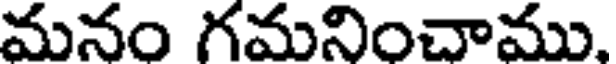
మనం గమనించాము.